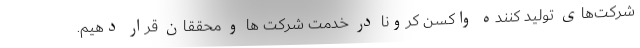
شرکت‌های تولید کننده واکسن کرونا در خدمت شرکت ها و محققان قرار دهیم.